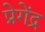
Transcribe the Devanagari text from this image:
प्रेगेंद्र